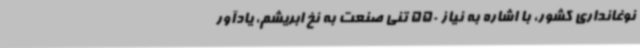
نوغانداری کشور، با اشاره به نیاز 550 تنی صنعت به نخ ابریشم، یادآور